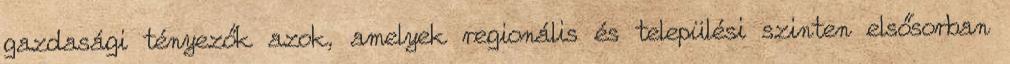
gazdasági tényezők azok, amelyek regionális és települési szinten elsősorban